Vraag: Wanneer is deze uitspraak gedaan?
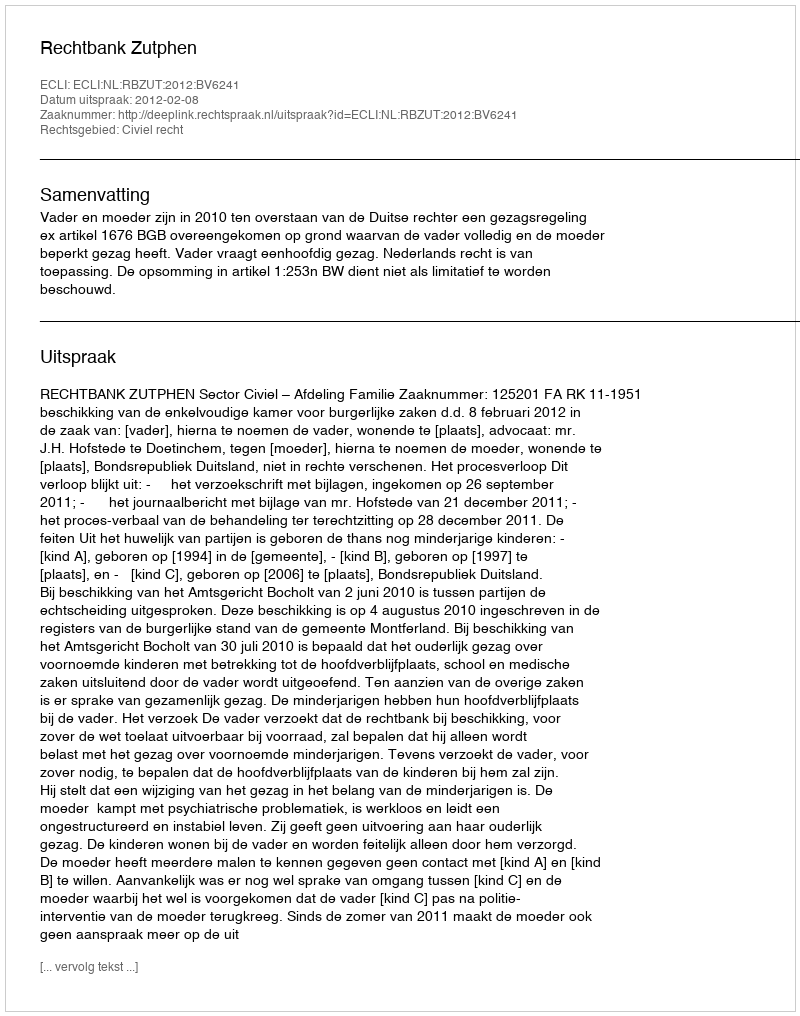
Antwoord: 2012-02-08